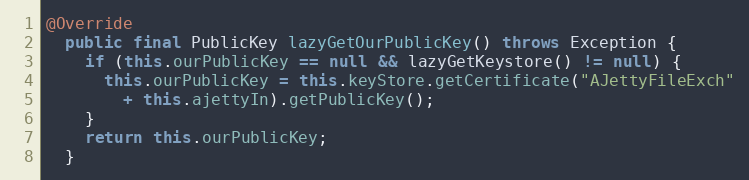
Language: Java
@Override
  public final PublicKey lazyGetOurPublicKey() throws Exception {
    if (this.ourPublicKey == null && lazyGetKeystore() != null) {
      this.ourPublicKey = this.keyStore.getCertificate("AJettyFileExch"
        + this.ajettyIn).getPublicKey();
    }
    return this.ourPublicKey;
  }